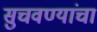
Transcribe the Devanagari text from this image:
सुचवण्यांचा